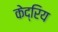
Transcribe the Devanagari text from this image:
केद्रिय